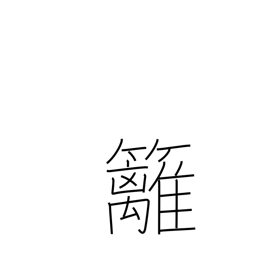
Meaning: bamboo hedge